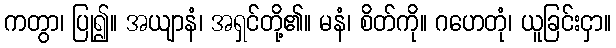
ကတွာ၊ ပြု၍။ အယျာနံ၊ အရှင်တို့၏။ မနံ၊ စိတ်ကို။ ဂဟေတုံ၊ ယူခြင်းငှာ။